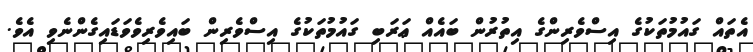
އެތައް ގައުމުތަކުގެ އިސްވެރިންގެ އިތުރުން ބައެއް ޢަރަބި ގައުމުތަކުގެ އިސްވެރިން ބައިވެރިވެވަޑައިގެންނެވި އެވެ.